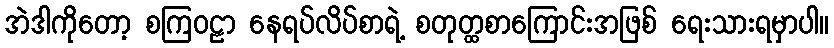
အဲဒါကိုတော့ စကြဝဠာ နေရပ်လိပ်စာရဲ့ စတုတ္ထစာကြောင်းအဖြစ် ရေးသားရမှာပါ။